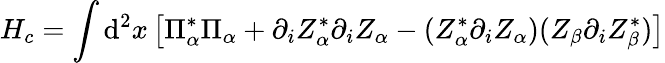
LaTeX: H_{c}=\int\mathrm{d}^{2}x\left[\Pi_{\alpha}^{*}\Pi_{\alpha}+\partial_{i}Z_{\alpha}^{*}\partial_{i}Z_{\alpha}-(Z_{\alpha}^{*}\partial_{i}Z_{\alpha})(Z_{\beta}\partial_{i}Z_{\beta}^{*})\right]